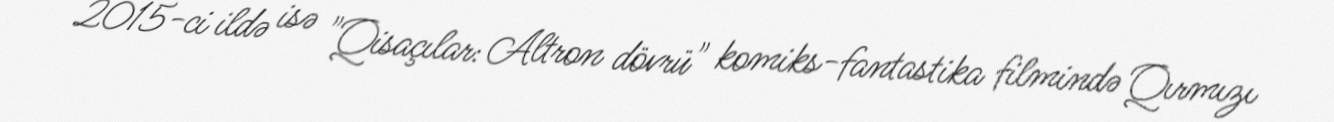
2015-ci ildə isə "Qisaçılar: Altron dövrü" komiks-fantastika filmində Qırmızı